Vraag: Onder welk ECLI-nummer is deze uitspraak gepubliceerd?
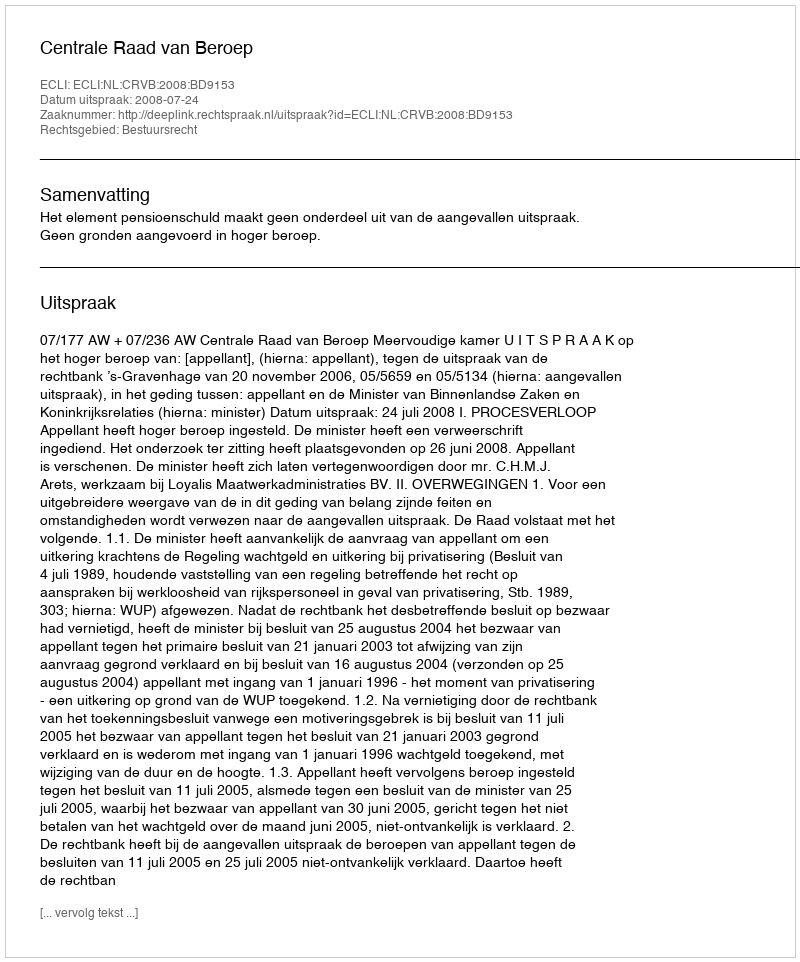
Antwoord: ECLI:NL:CRVB:2008:BD9153